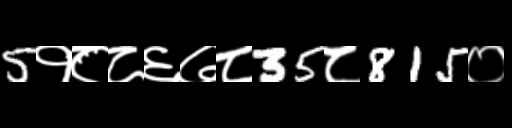
Text: 5१८८६७८35८815०